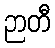
ဉာတီ